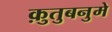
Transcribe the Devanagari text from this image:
क़ुतुबनुमे